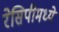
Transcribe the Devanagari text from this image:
रेसिपीमध्ये